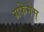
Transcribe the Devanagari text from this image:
ग्रफेमेस्